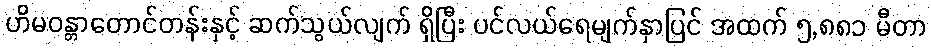
ဟိမဝန္တာတောင်တန်းနှင့် ဆက်သွယ်လျက် ရှိပြီး ပင်လယ်ရေမျက်နှာပြင် အထက် ၅,၈၈၁ မီတာ